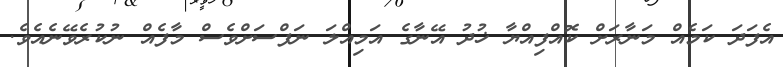
އެފަދަ ކަމެއް މަނާރަށް ކޮއްފިއްޔާ ޚުދު އޭނާގެ އަމިއްލަ ނަފްސަށްވެސް މާފެއް ނުކުރެވޭނެއެވެ.